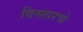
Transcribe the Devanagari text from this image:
विस्तारचे